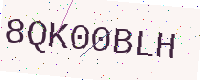
Text: 8QK00BLH